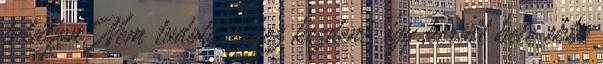
találjon. Nem tudott mihez kezdeni, így került bele ebbe